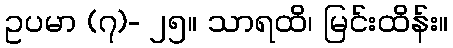
ဥပမာ (၇)- ၂၅။ သာရထိ၊ မြင်းထိန်း။